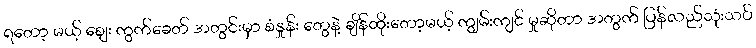
ရတော့ မယ့် ဈေး ကွက်ခေတ် အတွင်းမှာ စံနှုန်း တွေနဲ့ ချိန်ထိုးတော့မယ့် ကျွမ်းကျင် မှုဆိုတာ အတွက် ပြန်လည်သုံးသပ်